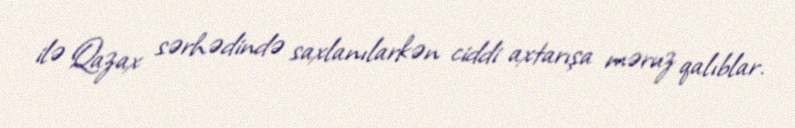
ilə Qazax sərhədində saxlanılarkən ciddi axtarışa məruz qalıblar.